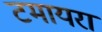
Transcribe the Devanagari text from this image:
टमायरा